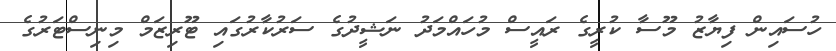
ހުސައިން ފިޔާޒު މޫސާ ކުރީގެ ރައީސް މުހައްމަދު ނަޝީދުގެ ސަރުކާރުގައި ޓޫރިޒަމް މިނިސްޓަރުގެ